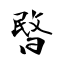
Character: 暋